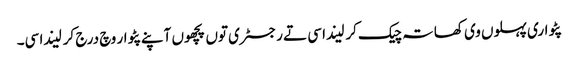
پٹواری پہلوں وی کھاتہ چیک کر لیندا سی تے رجسٹری توں پچھوں آپنے پٹوار وچ درج کر لیندا سی۔